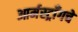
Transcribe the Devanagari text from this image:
आर्मस्ट्राँगचे